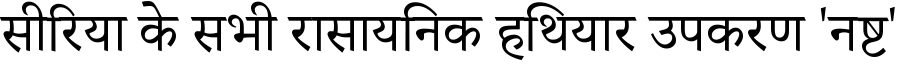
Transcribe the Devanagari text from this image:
सीरिया के सभी रासायनिक हथियार उपकरण 'नष्ट'